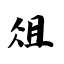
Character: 俎